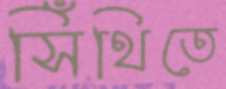
সিঁথিতে